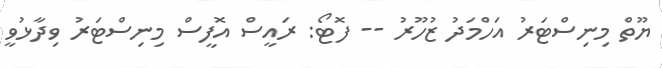
ޔޫތް މިނިސްޓަރު އަހްމަދު ޒުހޫރު -- ފޮޓޯ: ރައީސް އޮފީސް މިނިސްޓަރު ވިދާޅުވީ